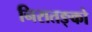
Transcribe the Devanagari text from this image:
निरातङ्को